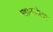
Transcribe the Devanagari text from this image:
महामायेच्या